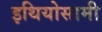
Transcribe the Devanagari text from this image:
इथियोसामी